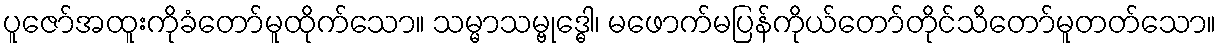
ပူဇော်အထူးကိုခံတော်မူထိုက်သော။ သမ္မာသမ္ဗုဒ္ဓေါ၊ မဖောက်မပြန်ကိုယ်တော်တိုင်သိတော်မူတတ်သော။